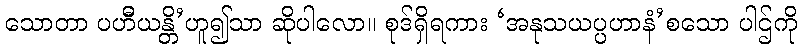
သောတာ ပဟီိယန္တိ’ဟူ၍သာ ဆိုပါလော။ စုဒ်ရှိရကား ‘အနုသယပ္ပဟာနံ’စသော ပါဌ်ကို